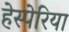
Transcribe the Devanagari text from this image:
हेस्पेरिया